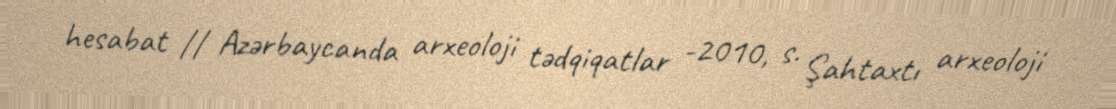
hesabat // Azərbaycanda arxeoloji tədqiqatlar -2010, s. Şahtaxtı arxeoloji